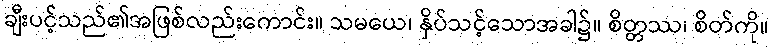
ချီးပင့်သည်၏အဖြစ်လည်းကောင်း။ သမယေ၊ နှိပ်သင့်သောအခါ၌။ စိတ္တဿ၊ စိတ်ကို။